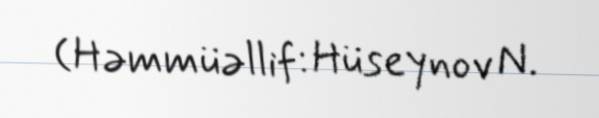
(Həmmüəllif: Hüseynov N.